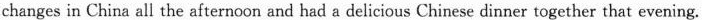
changes in China all the afternoon and had a delicious Chinese dinner together that evening.